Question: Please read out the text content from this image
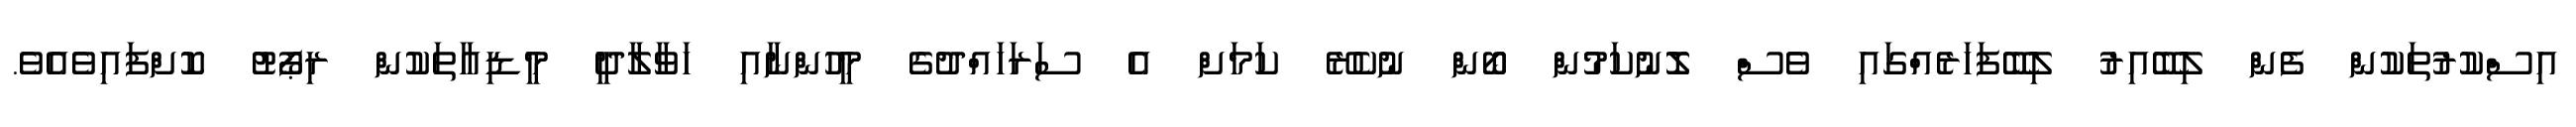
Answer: އިސްކުރުތަކުން ފެން ލިބޭއިރު ލިބޭފަހަރެއްގައި ވެސް ލޮނުކަމުން ބޯން ނުކެރޭ ކަމަށް އެ ސަރަހައްދުގެ މީހުންނާއި ހަވާލާދީ މީޑިއާތަކުން ރިޕޯޓު ކޮށްފައިވެއެވެ.